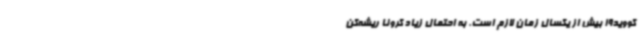
کووید19 بیش از یکسال زمان لازم است. به احتمال زیاد کرونا ریشه‌کن